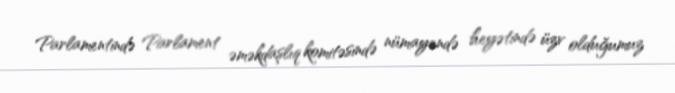
Parlamentində Parlament əməkdaşlıq komitəsində nümayəndə heyətində üzv olduğumuz